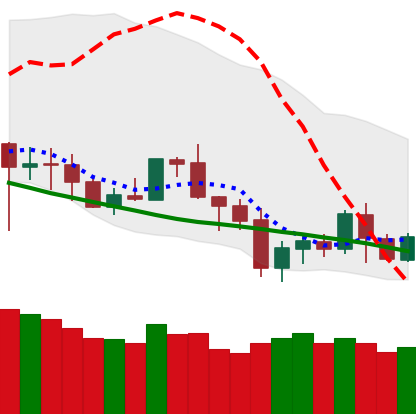
Ticker: BNB-USD
Chart end date: 2020-07-04
Forward return: 8.564%
Label: up_7plus